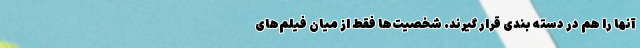
آنها را هم در دسته بندی قرار گیرند. شخصیت‌ها فقط از میان فیلم‌های